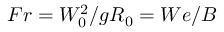
F r = W _ { 0 } ^ { 2 } / g R _ { 0 } = W e / B